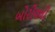
બોરીવલી